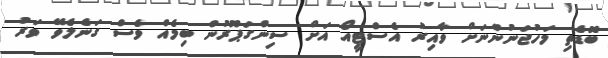
ބޮޑެތި މަހުޖަނުންނަށް ވާއިރު އެސްޓީއޯ އަށް ސިންގަޕޫރުން ބިމެއް ވެސް ގަނެލެވޭ ވަރު